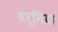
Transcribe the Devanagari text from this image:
धरूनिया